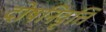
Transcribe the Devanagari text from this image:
दोषनिवृत्ति